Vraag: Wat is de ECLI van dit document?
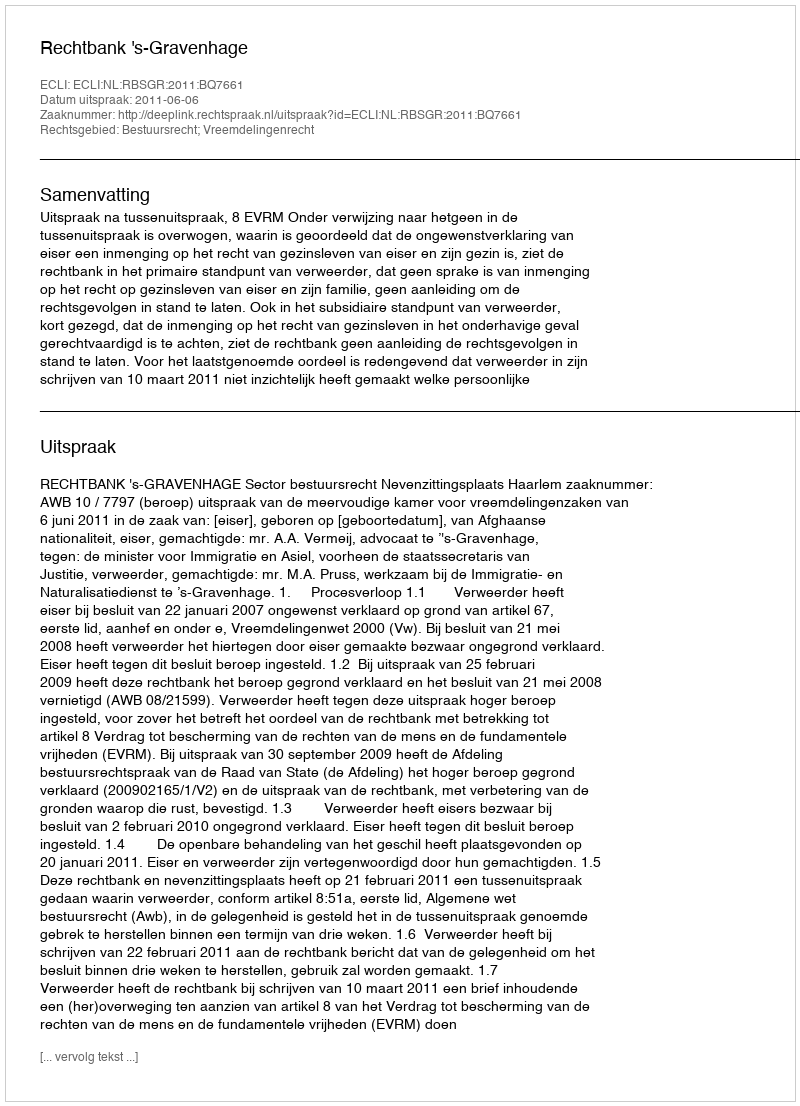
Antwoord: ECLI:NL:RBSGR:2011:BQ7661